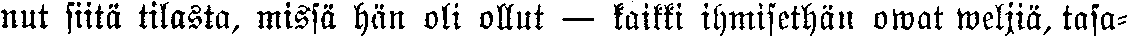
nut siitä tilasta, missä hän oli ollut — kaikki ihmisethän owat weljiä, tasa-